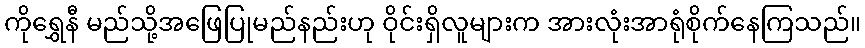
ကိုရွှေနီ မည်သို့အဖြေပြုမည်နည်းဟု ဝိုင်းရှိလူများက အားလုံးအာရုံစိုက်နေကြသည်။